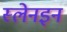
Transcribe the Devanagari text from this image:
स्लेनइन